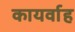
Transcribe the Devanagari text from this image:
कायर्वाह